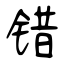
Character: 错